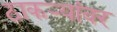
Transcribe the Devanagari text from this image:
ठाकर्‍यांवर